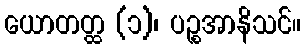
ယောတတ္ထ (၁)၊ ပဉ္စအာနိသင်။